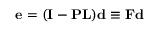
{ \bf e } = ( { \bf I } - { \bf P } { \bf L } ) { \bf d } \equiv { \bf F } { \bf d }